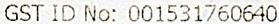
GST ID NO: 001531760640